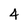
Character: 4